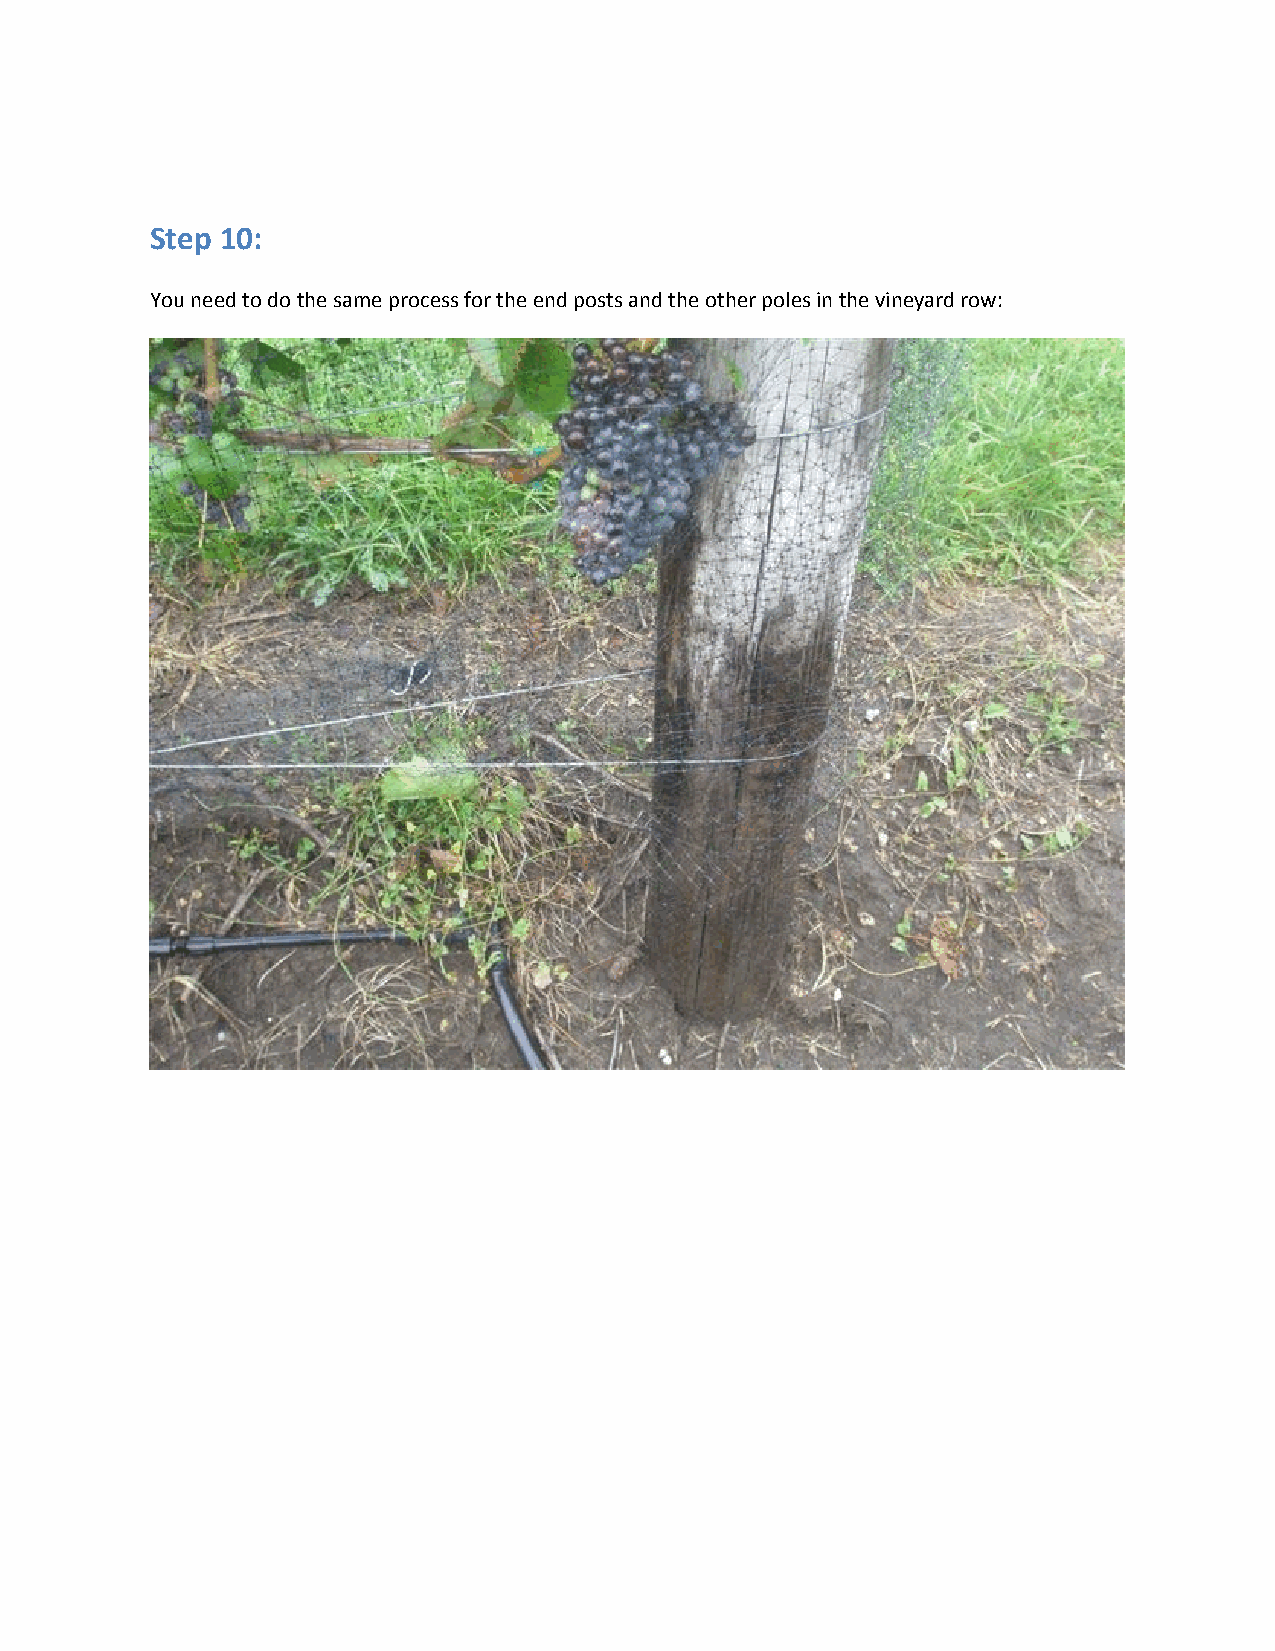
Step 10:
 You need to do the same process for the end posts and the other poles in the vineyard row: